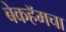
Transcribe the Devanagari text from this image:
बेकहॅमचा